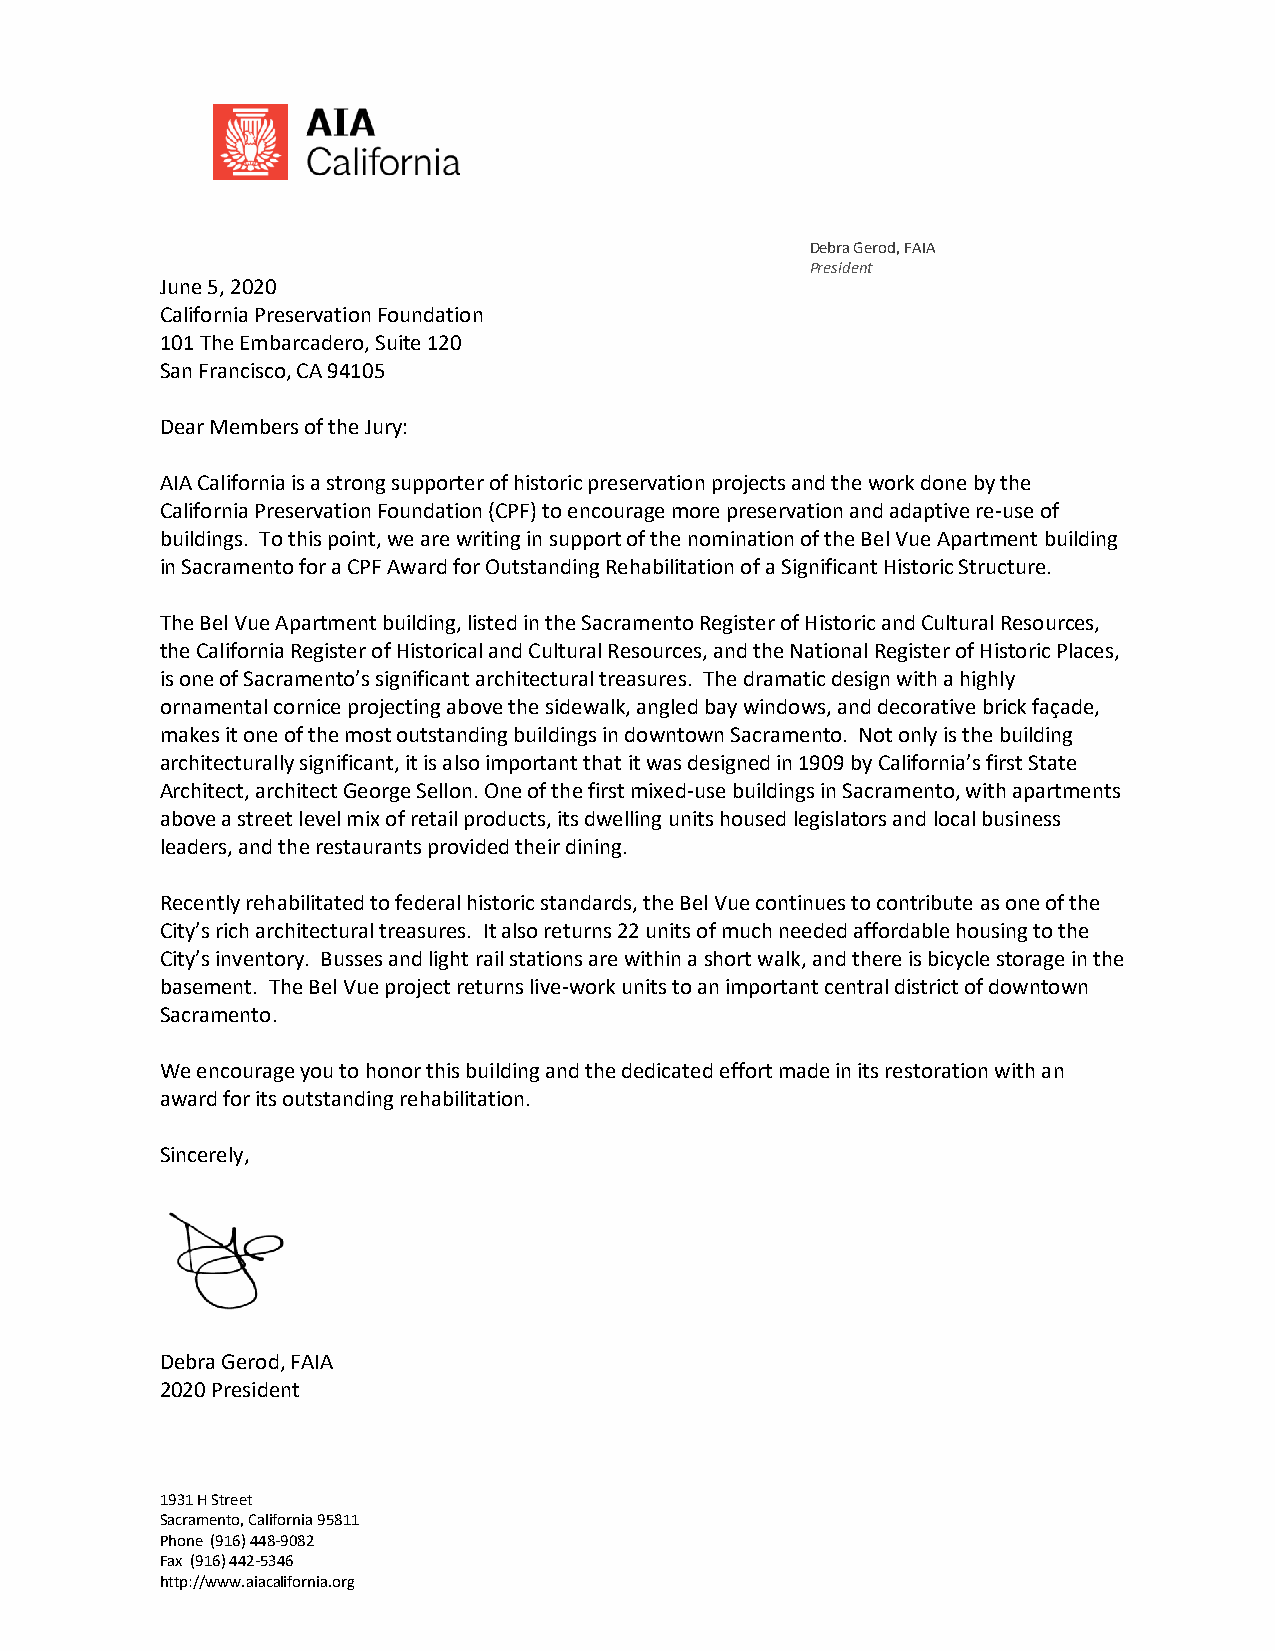
Debra Gerod, FAIA
 President
 June 5, 2020
 California Preservation Foundation
 101 The Embarcadero, Suite 120
 San Francisco, CA 94105
 Dear Members of the Jury:
 AIA California is a strong supporter of historic preservation projects and the work done by the
 California Preservation Foundation (CPF) to encourage more preservation and adaptive re-use of
 buildings. To this point, we are writing in support of the nomination of the Bel Vue Apartment building
 in Sacramento for a CPF Award for Outstanding Rehabilitation of a Significant Historic Structure.
 The Bel Vue Apartment building, listed in the Sacramento Register of Historic and Cultural Resources,
 the California Register of Historical and Cultural Resources, and the National Register of Historic Places,
 is one of Sacramento’s significant architectural treasures. The dramatic design with a highly
 ornamental cornice projecting above the sidewalk, angled bay windows, and decorative brick façade,
 makes it one of the most outstanding buildings in downtown Sacramento. Not only is the building
 architecturally significant, it is also important that it was designed in 1909 by California’s first State
 Architect, architect George Sellon. One of the first mixed-use buildings in Sacramento, with apartments
 above a street level mix of retail products, its dwelling units housed legislators and local business
 leaders, and the restaurants provided their dining.
 Recently rehabilitated to federal historic standards, the Bel Vue continues to contribute as one of the
 City’s rich architectural treasures. It also returns 22 units of much needed affordable housing to the
 City’s inventory. Busses and light rail stations are within a short walk, and there is bicycle storage in the
 basement. The Bel Vue project returns live-work units to an important central district of downtown
 Sacramento.
 We encourage you to honor this building and the dedicated effort made in its restoration with an
 award for its outstanding rehabilitation.
 Sincerely,
 Debra Gerod, FAIA
 2020 President
 1931 H Street
 Sacramento, California 95811
 Phone (916) 448-9082
 Fax (916) 442-5346
 http://www.aiacalifornia.org